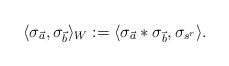
LaTeX: \begin{align*}\langle \sigma_{\vec{a}},\sigma_{\vec{b}} \rangle_W := \langle \sigma_{\vec{a}}*\sigma_{\vec{b}}, \sigma_{s^r} \rangle.\end{align*}